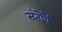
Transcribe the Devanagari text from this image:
संतोषें